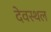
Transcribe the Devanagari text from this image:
देवस्थल